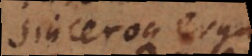
sinceroque erga